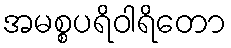
အမစ္စပရိဝါရိတော